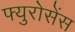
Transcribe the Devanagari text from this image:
फ्युरोसेंस